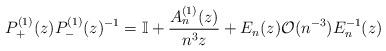
LaTeX: \begin{align*} P^{(1)}_+(z) P^{(1)}_-(z)^{-1}= \mathbb{I} + \frac{A_n^{(1)}(z)}{n^3 z} + E_n(z) \mathcal{O}(n^{-3}) E_n^{-1}(z) \end{align*}